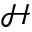
\mathcal { H }